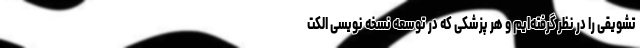
تشویقی را در نظر گرفته‌ایم و هر پزشکی که در توسعه نسخه نویسی الکت